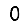
Digit: 0